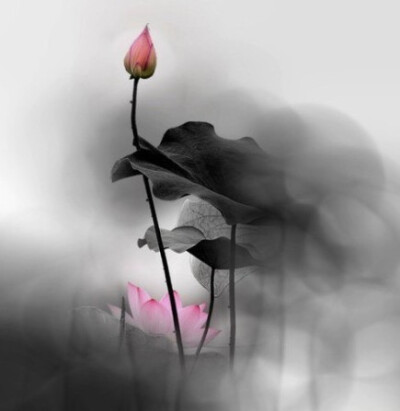
诚者自成也，而道自道也。